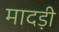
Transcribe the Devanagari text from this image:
मादड़ी